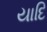
યાદિ